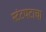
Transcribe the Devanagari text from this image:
स्टंटपटाचा